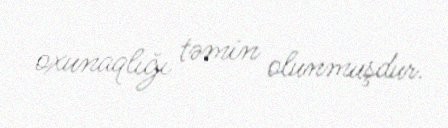
oxunaqlığı təmin olunmuşdur.